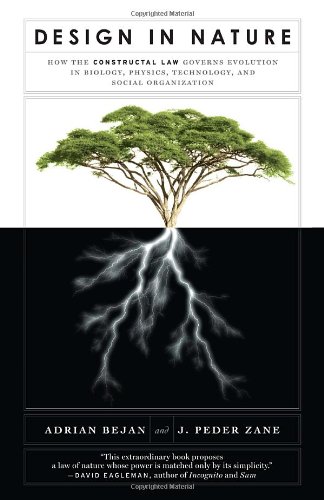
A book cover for Design in Nature: How the Constructal Law Governs Evolution in Biology, Physics, Technology, and Social Organizations; Adrian Bejan; Science & Math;